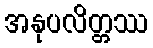
အနုပလိတ္တဿ